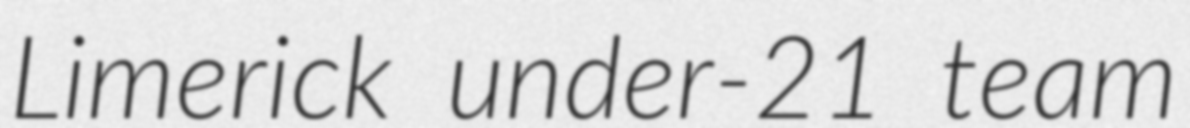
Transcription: Limerick under-21 team